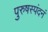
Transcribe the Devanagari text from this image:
पुरुषस्पंदनं